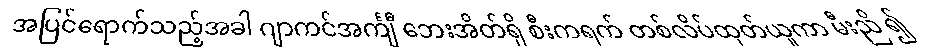
အပြင်ရောက်သည့်အခါ ဂျာကင်အင်္ကျီ ဘေးအိတ်ရှိ စီးကရက် တစ်လိပ်ထုတ်ယူကာ မီးညိ ၍